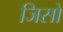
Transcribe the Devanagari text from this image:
जिसो